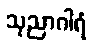
သုညာဂါရံ